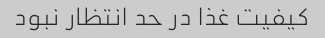
کیفیت غذا در حد انتظار نبود